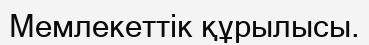
Мемлекеттік құрылысы.